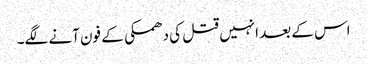
اس کے بعد انہیں قتل کی دھمکی کے فون آنے لگے۔